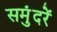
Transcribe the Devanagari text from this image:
समुंदरें